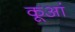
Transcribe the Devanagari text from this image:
कूआं